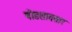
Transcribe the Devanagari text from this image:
षोडशावतार